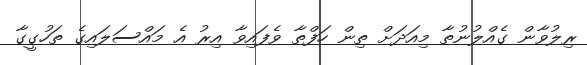
ރިލުވާން ގެއްލުނުތާ މިއަދަށް ތިން ހަފްތާ ވެފައިވާ އިރު އެ މައްސަލައިގެ ތަހުގީގާ